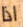
اذا